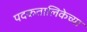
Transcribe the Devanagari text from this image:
पदकतालिकेच्या